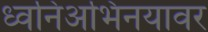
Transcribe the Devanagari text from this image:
ध्वनिअभिनयावर